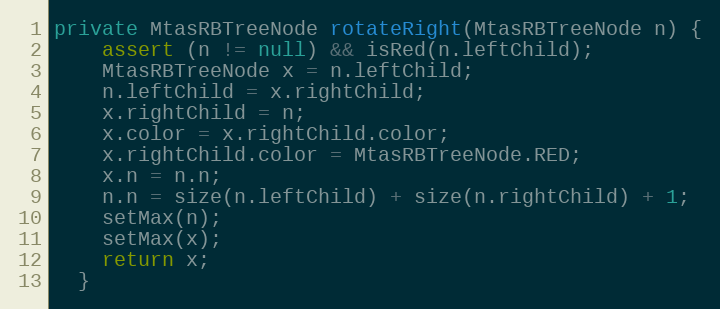
Language: Java
private MtasRBTreeNode rotateRight(MtasRBTreeNode n) {
    assert (n != null) && isRed(n.leftChild);
    MtasRBTreeNode x = n.leftChild;
    n.leftChild = x.rightChild;
    x.rightChild = n;
    x.color = x.rightChild.color;
    x.rightChild.color = MtasRBTreeNode.RED;
    x.n = n.n;
    n.n = size(n.leftChild) + size(n.rightChild) + 1;
    setMax(n);
    setMax(x);
    return x;
  }